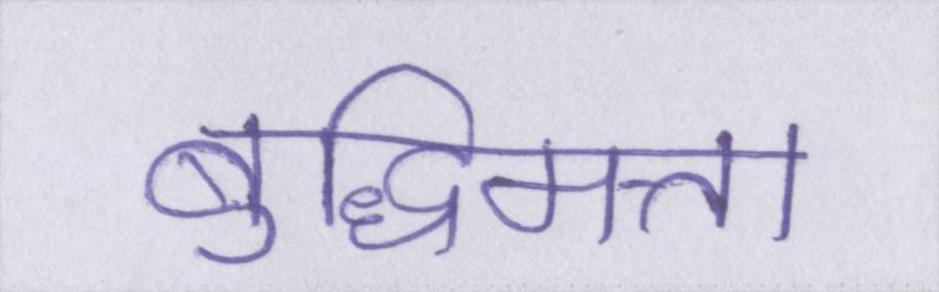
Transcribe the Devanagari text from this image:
बुद्धिमत्ता